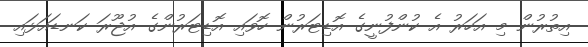
އިތުރުން މި އަހަރު އެ ކުންފުނީގެ އޮޑިޓަރުން ހޮވައި އޮޑިޓަރުންގެ އުޖޫރަ ކަނޑައަޅައި